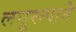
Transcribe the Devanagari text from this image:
लघुरूपाने